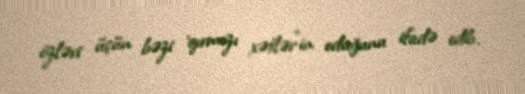
özləri üçün bəzi 'qırmızı xətlər"in oduğunu ifadə edib.